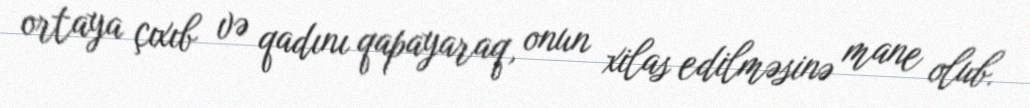
ortaya çıxıb və qadını qapayaraq, onun xilas edilməsinə mane olub.